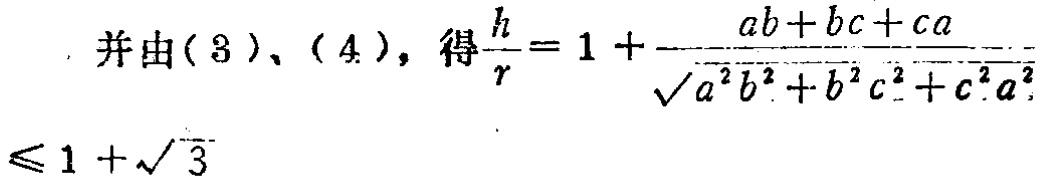
并由(3)、(4)，得$\frac{h}{r}=1 + \frac{ab + bc + ca}{\sqrt{a^{2}b^{2}+b^{2}c^{2}+c^{2}a^{2}}}\leq 1+\sqrt{3}$